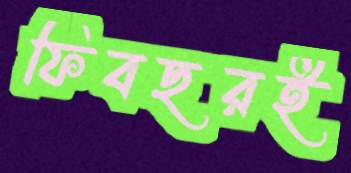
ফিবছরই